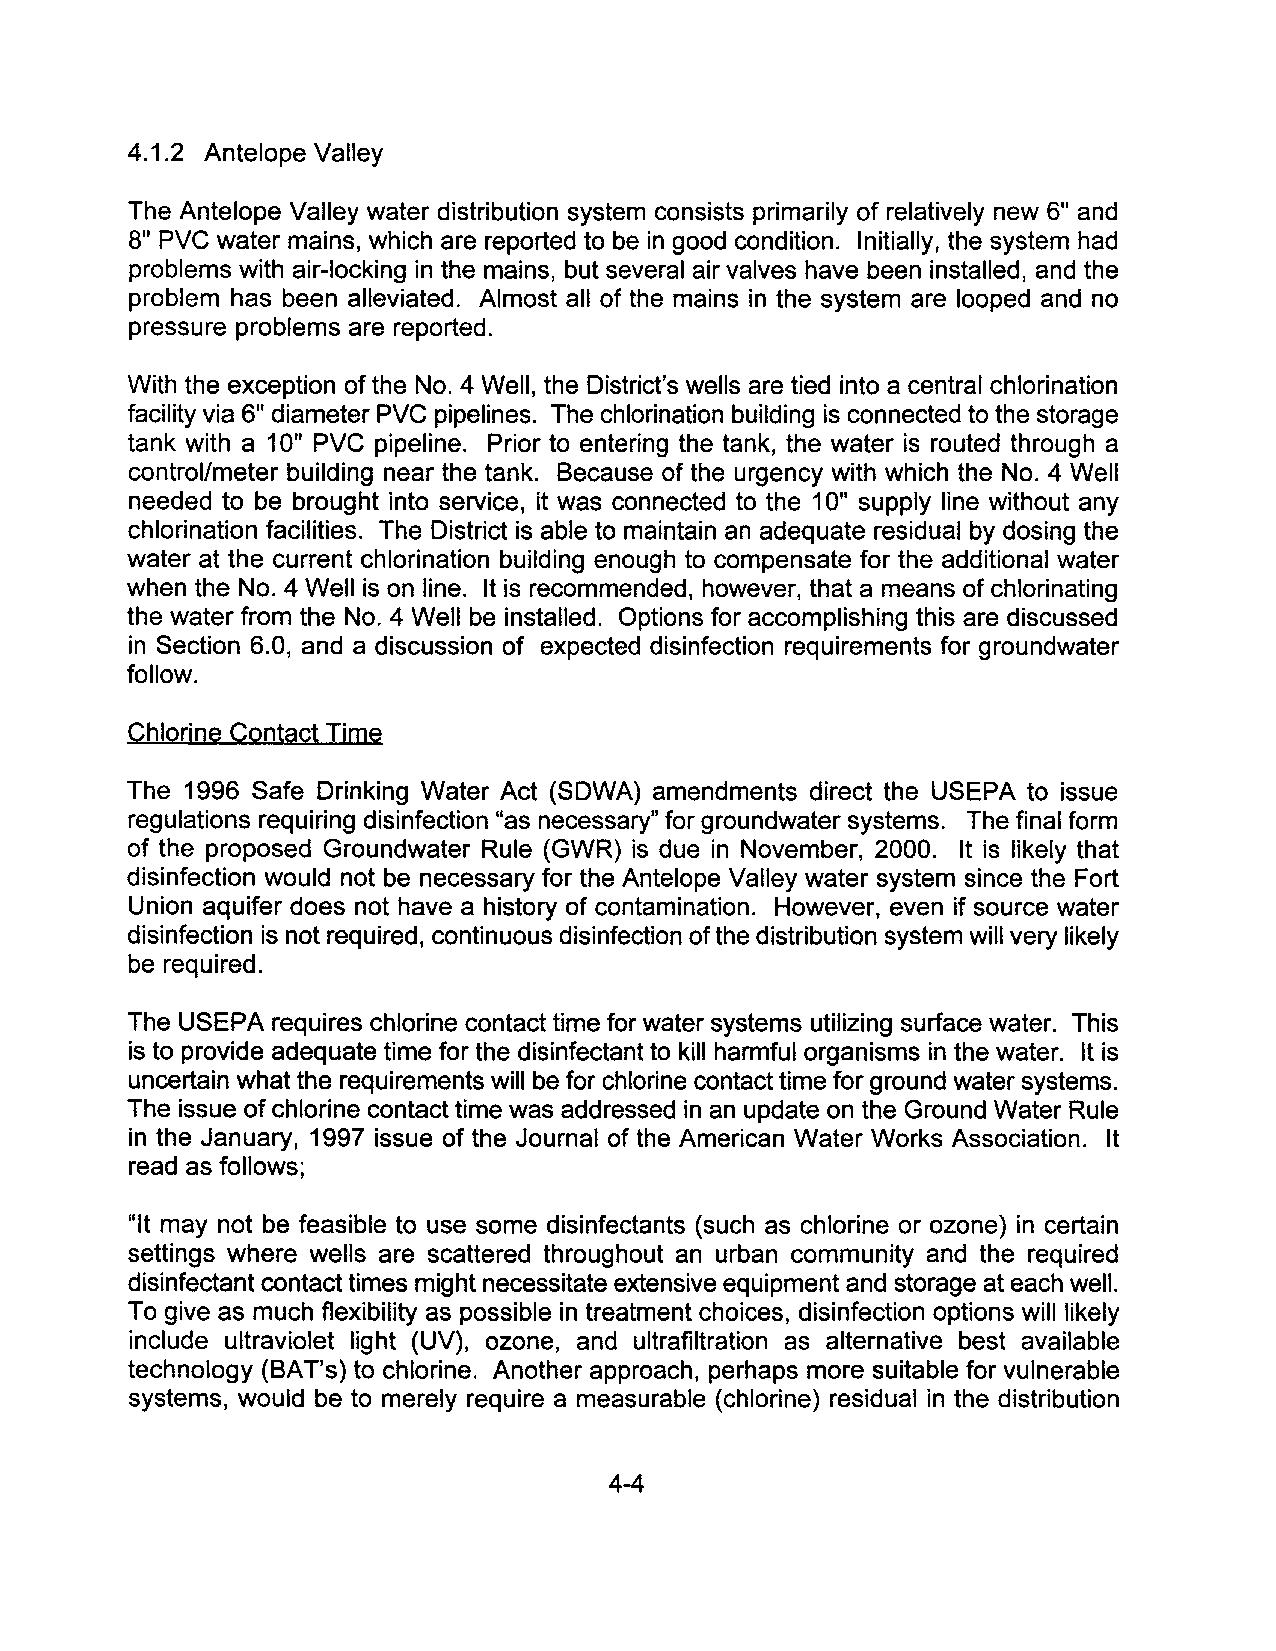
4.1.2 Antelope Valley
 The Antelope Valley water distribution system consists primarily of relatively new 6" and
 8" PVC water mains, which are reported to be in good condition. Initially, the system had
 problems with air-locking in the mains, but several air valves have been installed, and the
 problem has been alleviated. Almost all of the mains in the system are looped and no
 pressure problems are reported.
 With the exception of the NO.4 Well, the District's wells are tied into a central chlorination
 facility via 6" diameter PVC pipelines. The chlorination building is connected to the storage
 tank with a 10" PVC pipeline. Prior to entering the tank, the water is routed through a
 control/meter building near the tank. Because of the urgency with which the No.4 Well
 needed to be brought into service, it was connected to the 10" supply line without any
 chlorination facilities. The District is able to maintain an adequate residual by dosing the
 water at the current chlorination building enough to compensate for the additional water
 when the No.4 Well is on line. It is recommended, however, that a means of chlorinating
 the water from the No.4 Well be installed. Options for accomplishing this are discussed
 in Section 6.0, and a discussion of expected disinfection requirements for groundwater
 follow.
 Chlorine Contact Time
 The 1996 Safe Drinking Water Act (SDWA) amendments direct the USEPA to issue
 regulations requiring disinfection "as necessary" for groundwater systems. The final form
 of the proposed Groundwater Rule (GWR) is due in November, 2000. It is likely that
 disinfection would not be necessary for the Antelope Valley water system since the Fort
 Union aquifer does not have a history of contamination. However, even if source water
 disinfection is not required, continuous disinfection of the distribution system will very likely
 be required.
 The USEPA requires chlorine contact time for water systems utilizing surface water. This
 is to provide adequate time for the disinfectant to kill harmful organisms in the water. It is
 uncertain what the requirements will be for chlorine contact time for ground water systems.
 The issue of chlorine contact time was addressed in an update on the Ground Water Rule
 in the January, 1997 issue of the Journal of the American Water Works Association. It
 read as follows;
 "It may not be feasible to use some disinfectants (such as chlorine or ozone) in certain
 settings where wells are scattered throughout an urban community and the required
 disinfectant contact times might necessitate extensive equipment and storage at each well.
 To give as much flexibility as possible in treatment choices, disinfection options will likely
 include ultraviolet light (UV), ozone, and ultrafiltration as alternative best available
 technology (BAT's) to chlorine. Another approach, perhaps more suitable for vulnerable
 systems, would be to merely require a measurable (chlorine) residual in the distribution
 4-4